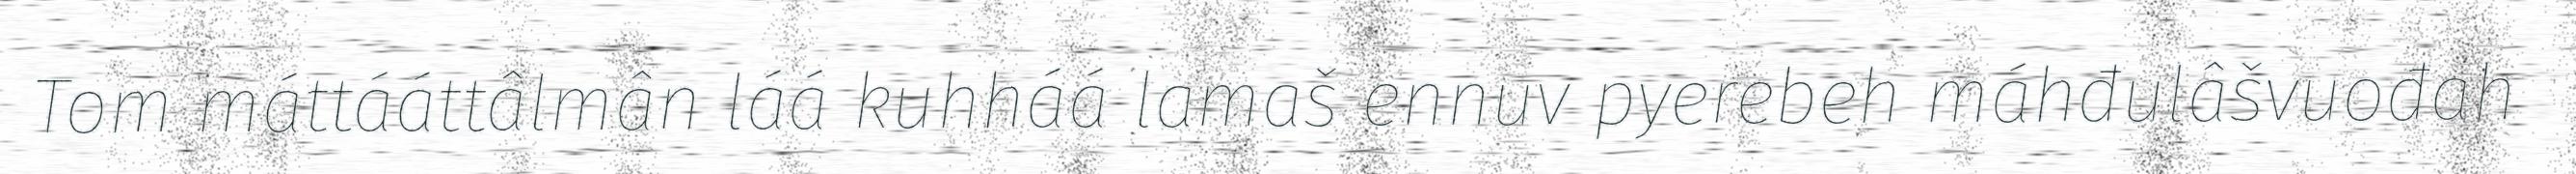
Tom máttááttâlmân láá kuhháá lamaš ennuv pyerebeh máhđulâšvuođah